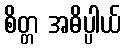
စိတ္တ အဓိပ္ပါယ်